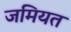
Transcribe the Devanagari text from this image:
जमियत